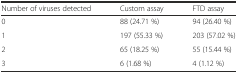
<table><thead><tr><td><b>Number of viruses detected</b></td><td><b>Custom assay</b></td><td><b>FTD assay</b></td></tr></thead><tbody><tr><td>0</td><td>88 (24.71 %)</td><td>94 (26.40 %)</td></tr><tr><td>1</td><td>197 (55.33 %)</td><td>203 (57.02 %)</td></tr><tr><td>2</td><td>65 (18.25 %)</td><td>55 (15.44 %)</td></tr><tr><td>3</td><td>6 (1.68 %)</td><td>4 (1.12 %)</td></tr></tbody></table>